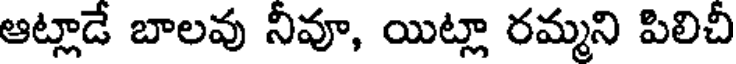
ఆట్లాడే బాలవు నీవూ, యిట్లా రమ్మని పిలిచీ